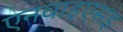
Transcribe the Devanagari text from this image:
एनवाइएसइ